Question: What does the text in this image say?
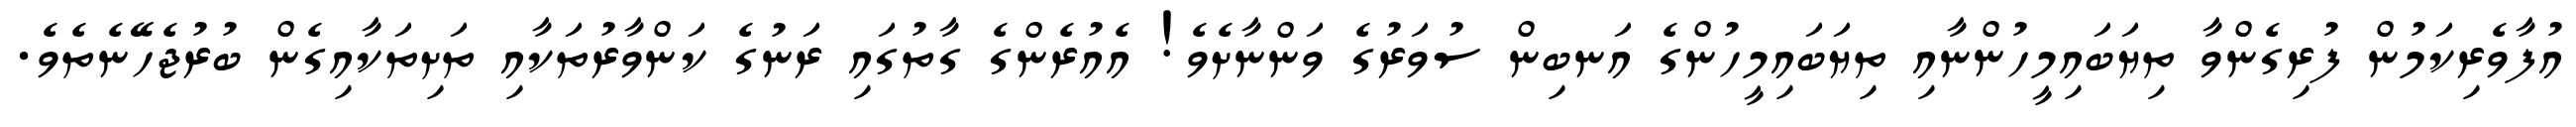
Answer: އުފާވެރިކަމުން ފުރިގެންވާ ތިޔަބައިމީހުންނާއި ތިޔަބައިމީހުންގެ އަނބިން ސުވަރުގެ ވަންނާށެވެ! އެއުރެންގެ ގާތުގައި ރަނުގެ ކަންވާރުތަކާއި ތަށިތަކާއިގެން ބުރުޖެހޭނެތެވެ.